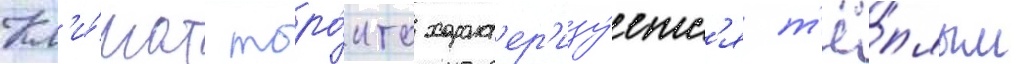
Кл'и́мат торо́нто характ'ер'изу́етс'я т'ё́плым